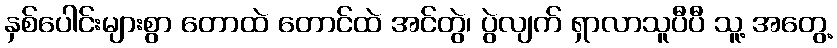
နှစ်ပေါင်းများစွာ တောထဲ တောင်ထဲ အင်တွဲ၊ ပွဲလျက် ရှာလာသူပီပီ သူ့ အတွေ့